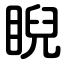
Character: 睨